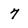
Character: 7